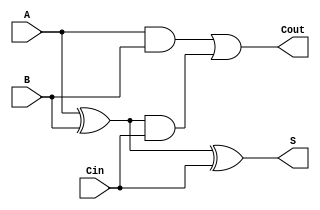
module CarryLookaheadFullAdder (
    input wire A,     // First input bit
    input wire B,     // Second input bit
    input wire Cin,   // Carry-in bit
    output wire S,    // Sum output
    output wire Cout   // Carry-out output
);

    // Internal signals for propagate and generate
    wire P; // Propagate signal
    wire G; // Generate signal
    wire C1; // Intermediate carry output

    // Generate Propagate and Generate signals
    assign P = A ^ B;     // P = A XOR B
    assign G = A & B;     // G = A AND B

    // Carry-out calculation
    assign C1 = G | (P & Cin); // C1 = G + (P AND Cin)
    assign Cout = C1; // Assign C1 to Cout

    // Sum calculation
    assign S = P ^ Cin; // S = P XOR Cin

endmodule